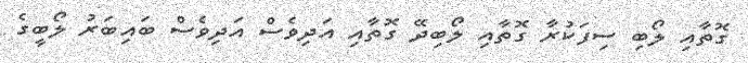
ގޮތާއި ލޯބި ސިފަކުރާ ގޮތާއި ލޯބިދޭ ގޮތާއި އަދިވެސް އަދިވެސް ބައިބަރު ލޯބީގެ